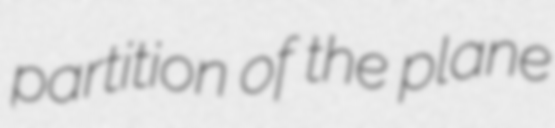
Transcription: partition of the plane